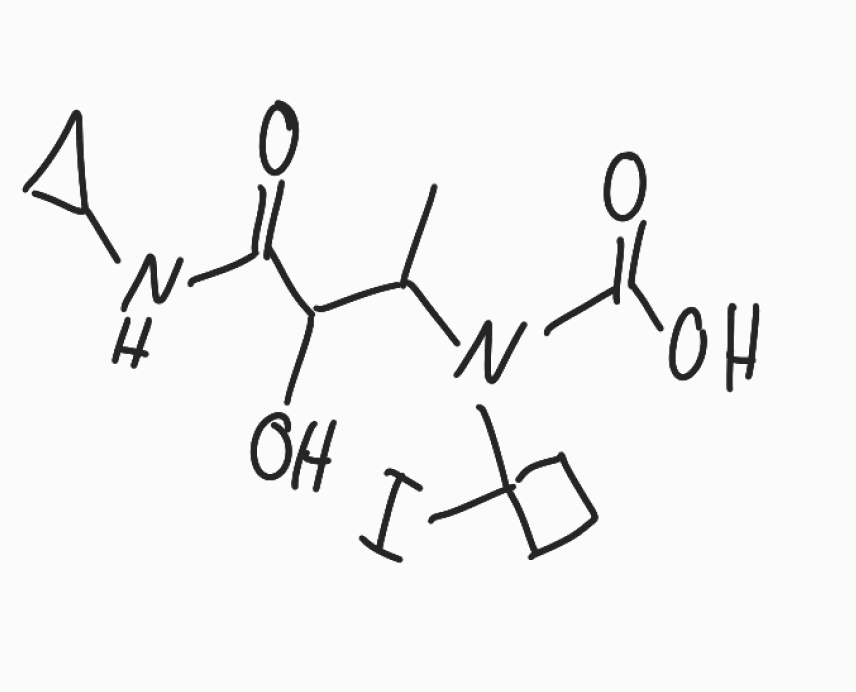
Simplified molecular-input line-entry system (SMILES) notation of the given molecule:
CC(C(C(=O)NC1CC1)O)N(C(=O)O)C2(CCC2)I